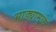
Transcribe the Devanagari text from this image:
भाड्यामुळे